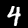
Label: 4